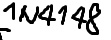
Text: 1n4148